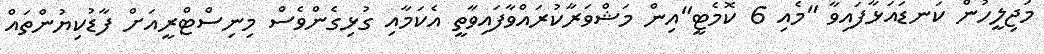
މަޖިލީހުން ކަނޑައަޅާފައިވާ "މެއި 6 ކޮމެޓީ"އިން މަޝްވަރާކުރައްވާފައިވާތީ އެކަމާއި ގުޅިގެންވެސް މިނިސްޓްރީއަށް ފާޑުކިޔުންތައް